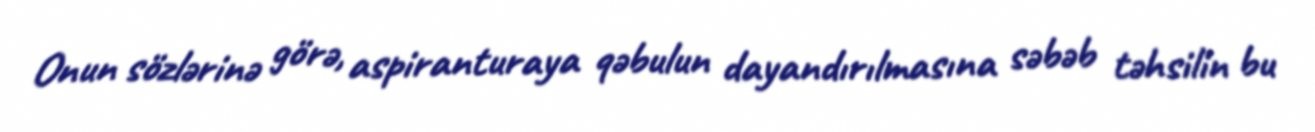
Onun sözlərinə görə, aspiranturaya qəbulun dayandırılmasına səbəb təhsilin bu